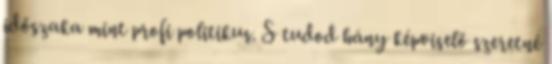
időszaka mint profi politikus. S tudod hány képviselő szeretné